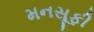
મનસૂફી